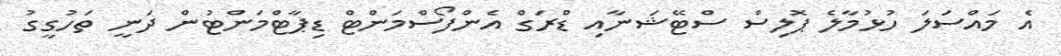
އެ މައްސަލަ ހުޅުމާލެ ޕޮލިސް ސްޓޭޝަނާއި ޑްރަގް އެންފޯސްމަންޓް ޑިޕާޓްމަންޓުން ދަނީ ތަހުގީގު